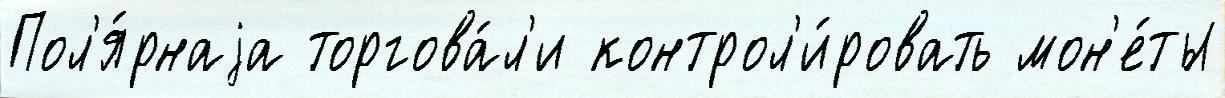
Пол'я́рнаjа торгова́л'и контрол'и́ровать мон'е́ты